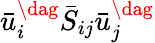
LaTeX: {\bar{u}_{i}^{\dag}{{\bar{S}}_{ij}}\bar{u}_{j}^{\dag}}